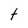
Character: t